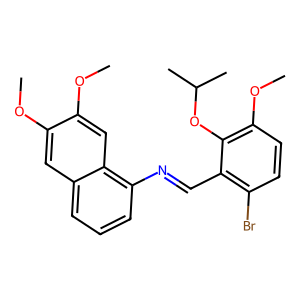
SMILES: COc1cc2cccc(N=Cc3c(Br)ccc(OC)c3OC(C)C)c2cc1OC
Inhibits HIV replication: No